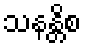
သနန္တိစ